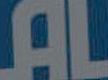
AL